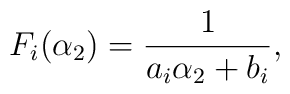
F_{i}(\alpha_{2})=\frac{1}{a_{i}\alpha_{2}+b_{i}},